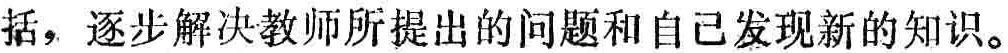
括，逐步解决教师所提出的问题和自己发现新的知识。